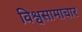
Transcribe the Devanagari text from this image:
विश्वसामाचार